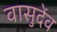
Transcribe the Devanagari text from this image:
वासुदेंव